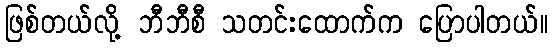
ဖြစ်တယ်လို့ ဘီဘီစီ သတင်းထောက်က ပြောပါတယ်။